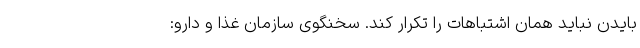
بایدن نباید همان اشتباهات را تکرار کند. سخنگوی سازمان غذا و دارو: